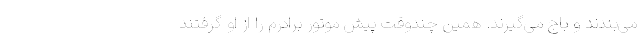
می‌بندند و باج می‌گیرند. همین چندوقت پیش موتور برادرم را از او گرفتند